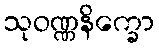
သုဝဏ္ဏနိက္ခော